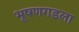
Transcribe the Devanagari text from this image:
भूषणगडला